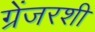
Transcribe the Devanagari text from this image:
ग्रेंजरशी